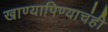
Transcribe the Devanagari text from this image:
खाण्यापिण्याचंही